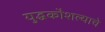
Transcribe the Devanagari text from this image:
युद्धकौशल्याचे